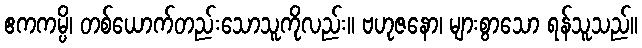
ဧကကမ္ပိ၊ တစ်ယောက်တည်းသောသူကိုလည်း။ ဗဟုဇနော၊ များစွာသော ရန်သူသည်။